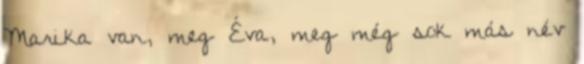
Marika van, meg Éva, meg még sok más név